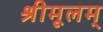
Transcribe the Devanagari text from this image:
श्रीमूलम्